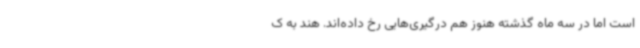
است اما در سه ماه گذشته هنوز هم درگیری‌هایی رخ داده‌اند. هند به ک